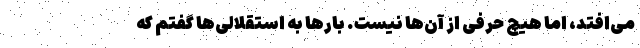
می‌افتد، اما هیچ حرفی از آن‌ها نیست. بار‌ها به استقلالی‌ها گفتم که